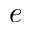
e